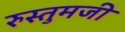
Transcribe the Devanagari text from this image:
रुस्तुमजी